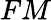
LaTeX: FM